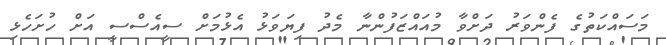
މަސައްކަތުގެ ފެންވަރު ދަށްވާ މުއައްޒަފުންނާ މެދު ފިޔަވަޅު އެޅުމަށް ސީއެސްސީ އަށް ހުށަހެޅި